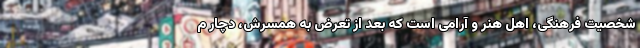
شخصیت فرهنگی، اهل هنر و آرامی است که بعد از تعرض به همسرش، دچار م